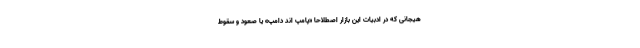
هیجانی که در ادبیات این بازار اصطلاحاً «پامپ اند دامپ» یا صعود و سقوط